Senior Leaving Certificate Examination (including Day School Certificate (Higher) General paper), 1948
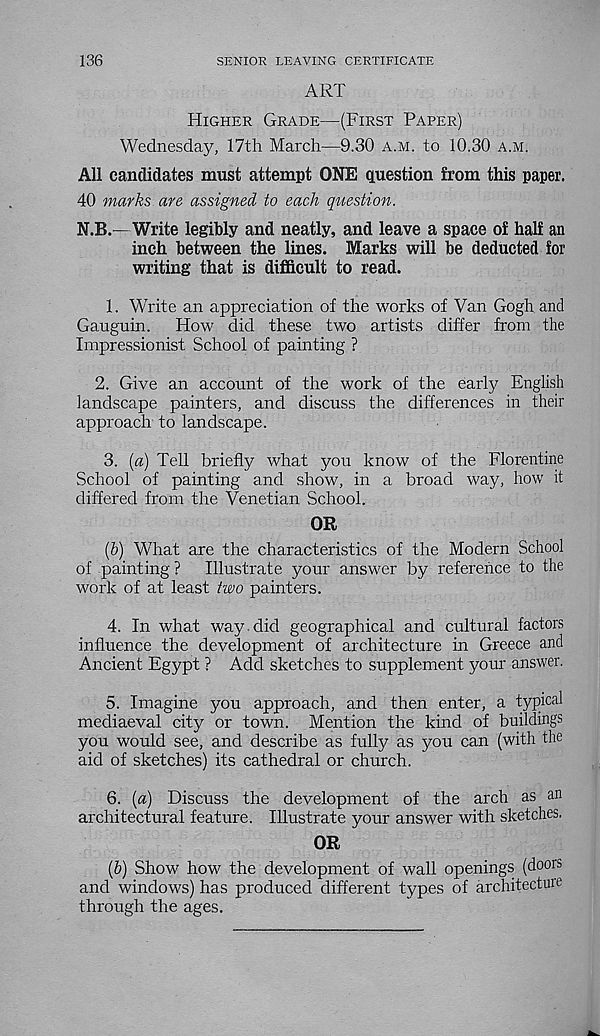
136
SENIOR LEAVING CERTIFICATE
ART
Higher Grade—(First Paper)
Wednesday, 17th March—9.30 a.m. to 10.30 a.m.
All candidates must attempt ONE question from this paper.
40 marks are assigned to each question.
N.B.—Write legibly and neatly, and leave a space of half an
inch between the lines. Marks will be deducted for
writing that is difficult to read.
1. Write an appreciation of the works of Van Gogh and
Gauguin.
How did these two artists differ from the
Impressionist School of painting ?
2. Give an account of the work of the early English
landscape painters, and discuss the differences in their
approach to landscape.
3. (a) Tell briefly what you know of the Florentine
School of painting and show, in a broad way, how it
differed from the Venetian School.
OR
(&) What are the characteristics of the Modern School
of painting ?
Illustrate your answer by reference to the
work of at least two painters.
4. In what way did geographical and cultural factors
influence the development of architecture in Greece and
Ancient Egypt ? Add sketches to supplement your answer.
5. Imagine you approach, and then enter, a typical
mediaeval city or town. Mention the kind of buildings
you would see, and describe as fully as you can (with the
aid of sketches) its cathedral or church.
6. {a) Discuss the development of the arch as an
architectural feature. Illustrate your answer with sketches.
OR
(h) Show how the development of wall openings (doors
and windows) has produced different types of architecture
through the ages.